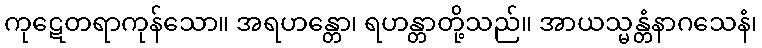
ကုဋေတရာကုန်သော။ အရဟန္တော၊ ရဟန္တာတို့သည်။ အာယသ္မန္တံနာဂသေနံ၊